Cultivation of the bacillus of leprosy and the treatment of cases by means of a vaccine prepared from the cultivations - Number 42
Disease focus: Leprosy
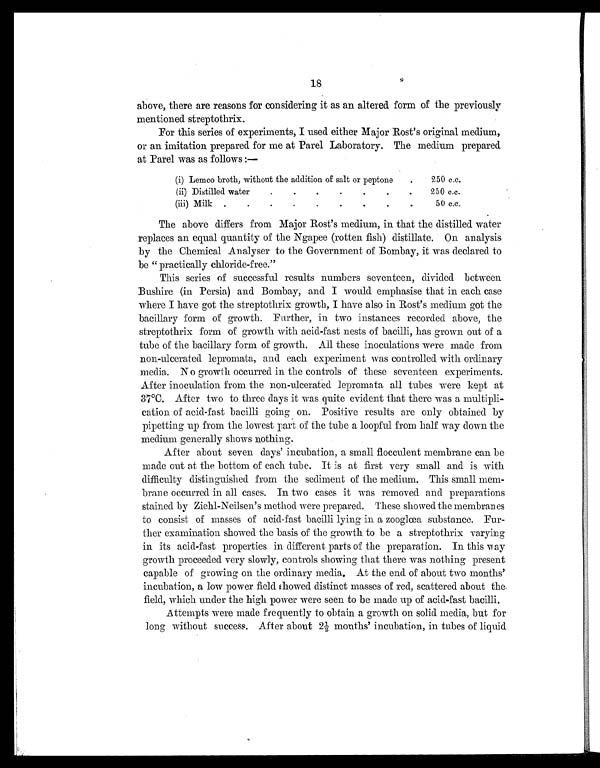
18
above, there are reasons for considering it as an altered form of the previously
mentioned streptothrix.
For this series of experiments, I used either Major Rost's original medium,
or an imitation prepared for me at Parel Laboratory. The medium prepared
at Parel was as follows :—
(i) Lemco broth, without the addition of salt or peptone
.
250 c.c.
(ii) Distilled water
.
.
.
.
.
.
.
250 c.c.
(iii) Milk .
.
.
.
.
.
.
.
.
5 0 c . c .
The above differs from Major Rost's medium, in that the distilled water
replaces an equal quantity of the Ngapee (rotten fish) distillate. On analysis
by the Chemical Analyser to the Government of Bombay, it was declared to
be "practically chloride-free."
This series of successful results numbers seventeen, divided between
Bushire (in Persia) and Bombay, and I would emphasise that in each case
where I have got the streptothrix growth, I have also in Rost's medium got the
bacillary form of growth. Further, in two instances recorded above, the
streptothrix form of growth with acid-fast nests of bacilli, has grown out of a
tube of the bacillary form of growth. All these inoculations were made from
non-ulcerated lepromata, and each experiment was controlled with ordinary
media. No growth occurred in the controls of these seventeen experiments.
After inoculation from the non-ulcerated lepromata all tubes were kept at
37°C. After two to three days it was quite evident that there was a multipli-
cation of acid-fast bacilli going on. Positive results are only obtained by
pipetting up from the lowest part of the tube a loopful from half way down the
medium generally shows nothing.
After about seven days' incubation, a small flocculent membrane can be
made out at the bottom of each tube. It is at first very small and is with
difficulty distinguished from the sediment of the medium. This small mem-
brane occurred in all cases. In two cases it was removed and preparations
stained by Ziehl-Neilsen's method were prepared. These showed the membranes
to consist of masses of acid-fast bacilli lying in a zooglœa substance. Fur-
ther examination showed the basis of the growth to be a streptothrix varying
in its acid-fast properties in different parts of the preparation. In this way
growth proceeded very slowly, controls showing that there was nothing present
capable of growing on the ordinary media. At the end of about two months'
incubation, a low power field showed distinct masses of red, scattered about the
field, which under the high power were seen to be made up of acid-fast bacilli.
Attempts were made frequently to obtain a growth on solid media, but for
long without success. After about 2½ mouths' incubation, in tubes of liquid